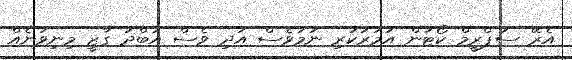
އެރޭ ސުޕްރީމް ކޯޓުން އަމުރުކުރި ނަމަވެސް އަދި ވެސް އަބްދު ގާޒީ މިނިވަނެއް